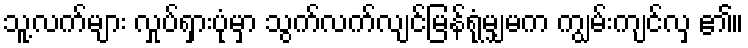
သူ့လက်များ လှုပ်ရှားပုံမှာ သွက်လက်လျင်မြန်ရုံမျှမက ကျွမ်းကျင်လှ ၏။